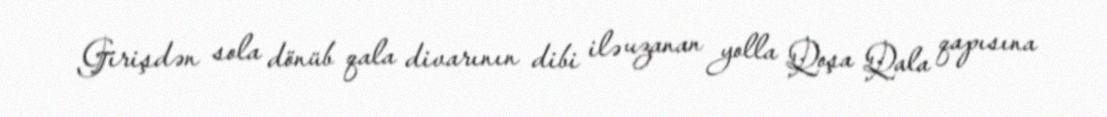
Girişdən sola dönüb qala divarının dibi ilə uzanan yolla Qoşa Qala qapısına